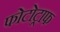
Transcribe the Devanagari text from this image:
फोटोट्राफ